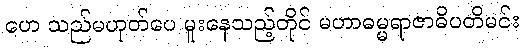
ဟေ သည်မဟုတ်ပေ မူးနေသည့်တိုင် မဟာဓမ္မရာဇာဓိပတိမင်း